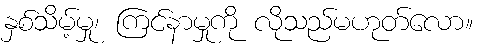
နှစ်သိမ့်မှု၊ ကြင်နာမှုကို လိုသည်မဟုတ်လော။